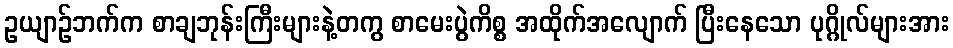
ဥယျာဉ်ဘက်က စာချဘုန်းကြီးများနဲ့တကွ စာမေးပွဲကိစ္စ အထိုက်အလျောက် ပြီးနေသော ပုဂ္ဂိုလ်များအား